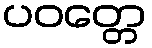
ပဝတ္တေ